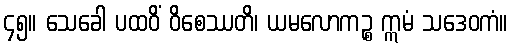
၄၅။ သေခေါ ပထဝိံ ဝိစေဿတိ၊ ယမလောကဉ္စ ဣမံ သဒေဝကံ။